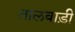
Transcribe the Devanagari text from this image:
तालवाड़ी